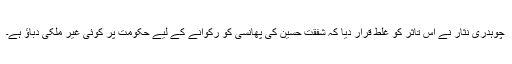
چوہدری نثار نے اس تاثر کو غلط قرار دیا کہ شفقت حسین کی پھانسی کو رکوانے کے لیے حکومت پر کوئی غیر ملکی دباؤ ہے۔